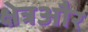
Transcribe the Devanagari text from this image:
क्षेत्रऔर